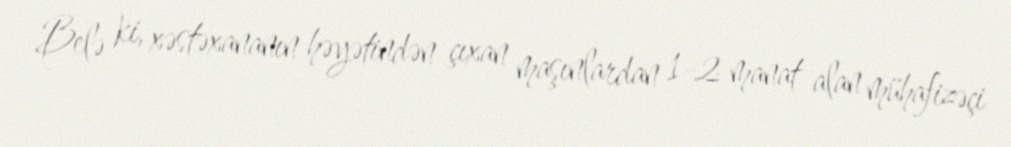
Belə ki, xəstəxananın həyətindən çıxan maşınlardan 1-2 manat alan mühafizəçi